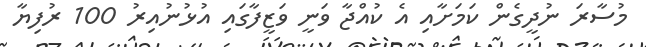
މުސާރަ ނުދީގެން ކަމަށާއި އެ ކުއްޖާ ވަނީ ވަޒީފާގައި އުޅުނުއިރު 100 ރުފިޔާ